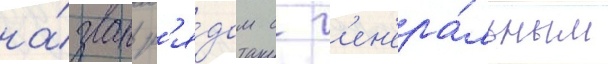
на́зван р'я́дом с г'ен'ера́льным